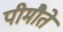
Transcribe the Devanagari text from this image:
पीमौते